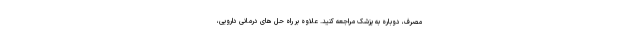
مصرف، دوباره به پزشک مراجعه کنید. علاوه بر راه حل های درمانی دارویی،